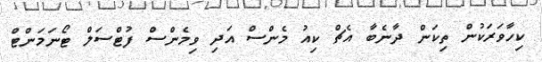
ކިހާވަރަކުން ތިކަން ދާނެބާ އެޗް ކިއު މެންސް އަދި ވިމެންސް ފުޓްސަލް ޓޯނަމަންޓް